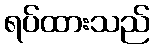
ရပ်ထားသည်